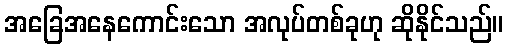
အခြေအနေကောင်းသော အလုပ်တစ်ခုဟု ဆိုနိုင်သည်။